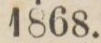
1868.